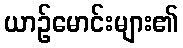
ယာဉ်မောင်းများ၏